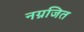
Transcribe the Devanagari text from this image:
नग्नजित